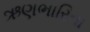
ઋણભારિતા